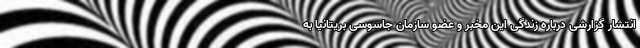
انتشار گزارشی درباره زندگی این مخبر و عضو سازمان جاسوسی بریتانیا به